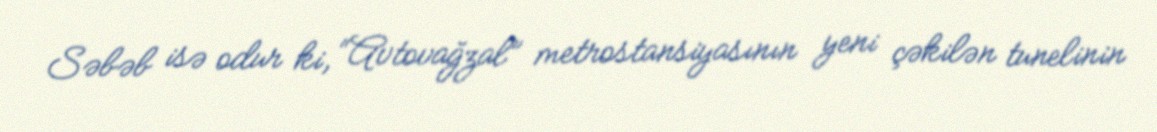
Səbəb isə odur ki, “Avtovağzal” metrostansiyasının yeni çəkilən tunelinin